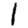
Digit: 1